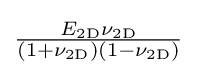
{\tfrac {E_{\mathrm {2D} }\nu _{\mathrm {2D} }}{(1+\nu _{\mathrm {2D} })(1-\nu _{\mathrm {2D} })}}